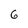
Character: 6